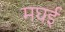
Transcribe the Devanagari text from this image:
मघई